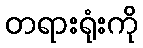
တရားရုံးကို